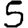
Digit: 5